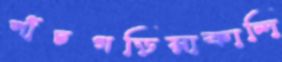
পাঁচগড়িয়াকান্দি